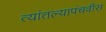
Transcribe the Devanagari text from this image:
त्यांतल्यापंचवीस